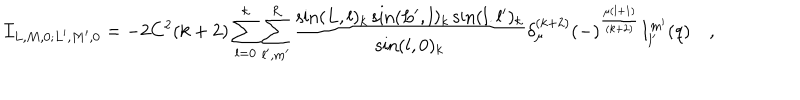
{ \cal I } _ { L , M , 0 ; L ^ { \prime } , M ^ { \prime } , 0 } = - 2 C ^ { 2 } ( k + 2 ) \sum _ { l = 0 } ^ { k } \sum _ { l ^ { \prime } , m ^ { \prime } } ^ { R } { \frac { \sin ( L , l ) _ { k } \sin ( L ^ { \prime } , l ) _ { k } \sin ( l . l ^ { \prime } ) _ { k } } { \sin ( l , 0 ) _ { k } } } \delta _ { \mu } ^ { ( k + 2 ) } ( - ) ^ { \frac { \mu ( l + 1 ) } { ( k + 2 ) } } I _ { l ^ { \prime } } ^ { m ^ { \prime } } ( q ) \quad ,